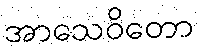
အာသေဝိတော